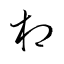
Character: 相